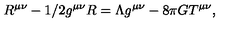
R ^ { \mu \nu } - 1 / 2 g ^ { \mu \nu } R = \Lambda g ^ { \mu \nu } - 8 \pi G T ^ { \mu \nu } ,